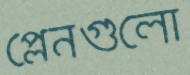
প্লেনগুলো